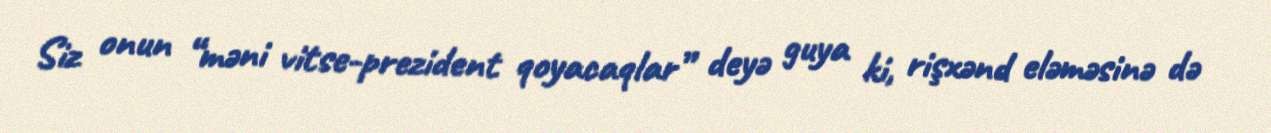
Siz onun “məni vitse-prezident qoyacaqlar” deyə guya ki, rişxənd eləməsinə də